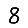
Digit: 8